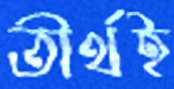
তীর্থই